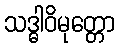
သဒ္ဓါဝိမုတ္တော